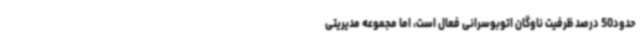
حدود50 درصد ظرفیت ناوگان اتوبوسرانی فعال است، اما مجموعه مدیریتی